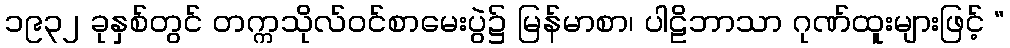
၁၉၃၂ ခုနှစ်တွင် တက္ကသိုလ်ဝင်စာမေးပွဲ၌ မြန်မာစာ၊ ပါဠိဘာသာ ဂုဏ်ထူးများဖြင့် “